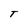
Character: T